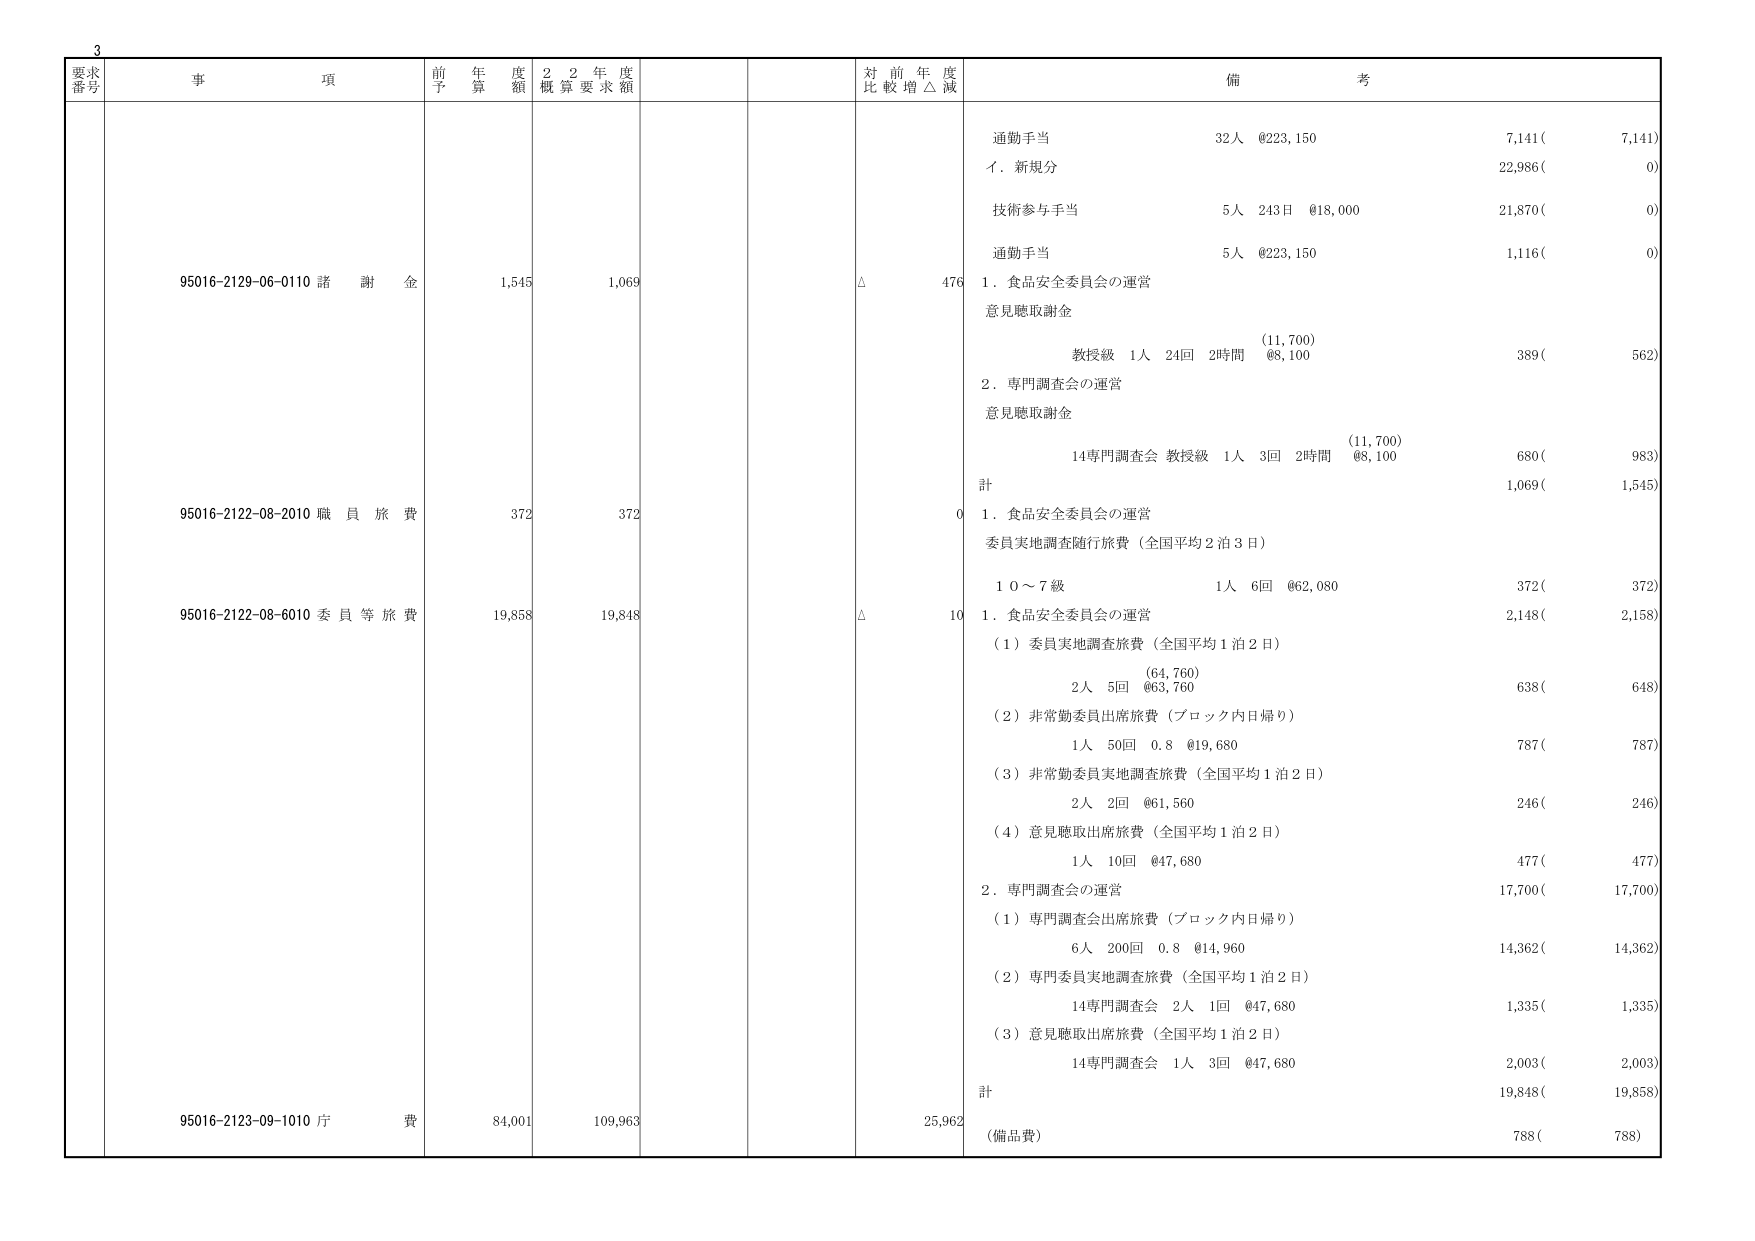
3
要求
番号
事 項
前 年 度 予 算 額
2 2 年 度 概 算 要 求 額
対 前 年 度 比 較 増 △ 減
備 考
95016-2129-06-0110 諸 謝 金
1,545
1,069
△
476
通勤手当
32人 @223,150
7,141(
7,141)
イ．新規分
22,986(
0)
技術参与手当
5人 243日 @18,000
21,870(
0)
通勤手当
5人 @223,150
1,116(
0)
1．食品安全委員会の運営
意見聴取謝金
(11,700)
教授級 1人 24回 2時間 @8,100
389(
562)
2．専門調査会の運営
意見聴取謝金
(11,700)
14専門調査会 教授級 1人 3回 2時間 @8,100
680(
983)
計
1,069(
1,545)
95016-2122-08-2010 職 員 旅 費
372
372
0
1．食品安全委員会の運営
委員実地調査随行旅費（全国平均2泊3日）
1 0 ～ 7 級
1人 6回 @62,080
372(
372)
95016-2122-08-6010 委 員 等 旅 費
19,858
19,848
△
10
1．食品安全委員会の運営
（1）委員実地調査旅費（全国平均1泊2日）
(64,760)
2人 5回 @63,760
638(
648)
（2）非常勤委員出席旅費（ブロック内日帰り）
1人 50回 0.8 @19,680
787(
787)
（3）非常勤委員実地調査旅費（全国平均1泊2日）
2人 2回 @61,560
246(
246)
（4）意見聴取出席旅費（全国平均1泊2日）
1人 10回 @47,680
477(
477)
2．専門調査会の運営
17,700(
17,700)
（1）専門調査会出席旅費（ブロック内日帰り）
6人 200回 0.8 @14,960
14,362(
14,362)
（2）専門委員実地調査旅費（全国平均1泊2日）
14専門調査会 2人 1回 @47,680
1,335(
1,335)
（3）意見聴取出席旅費（全国平均1泊2日）
14専門調査会 1人 3回 @47,680
2,003(
2,003)
計
19,848(
19,858)
95016-2123-09-1010 庁 費
84,001
109,963
25,962
（備品費）
788(
788)